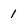
Character: 1